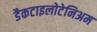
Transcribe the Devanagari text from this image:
डैकटाइलोटेनिअम